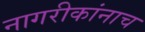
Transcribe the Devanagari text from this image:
नागरीकांनाच